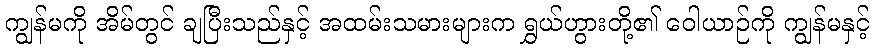
ကျွန်မကို အိမ်တွင် ချပြီးသည်နှင့် အထမ်းသမားများက ရွှယ်ဟွားတို့၏ ဝေါယာဉ်ကို ကျွန်မနှင့်